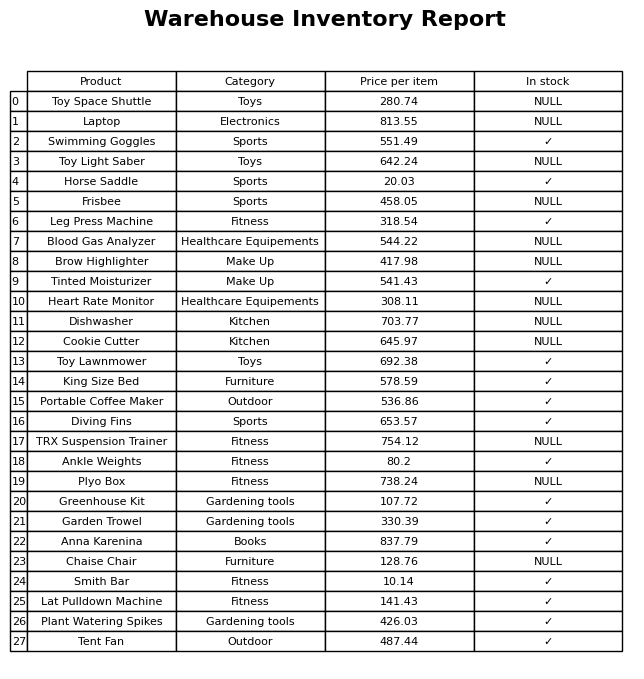
question: What category does the Greenhouse Kit belong to?
answer: Gardening tools